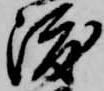
渡